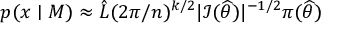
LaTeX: p ( x \mid M ) \approx { \hat { L } } ( 2 \pi / n ) ^ { k / 2 } | { \mathcal { I } } ( { \widehat { \theta } } ) | ^ { - 1 / 2 } \pi ( { \widehat { \theta } } )